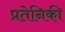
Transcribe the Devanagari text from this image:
प्रतेनिकी